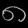
Digit: ၈